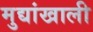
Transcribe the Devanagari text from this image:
मुद्यांखाली